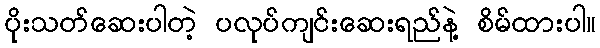
ပိုးသတ်ဆေးပါတဲ့ ပလုပ်ကျင်းဆေးရည်နဲ့ စိမ်ထားပါ။